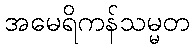
အမေရိကန်သမ္မတ